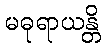
မဓုရာယန္တိ